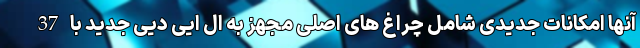
آنها امکانات جدیدی شامل چراغ های اصلی مجهز به ال ایی دیی جدید با 37